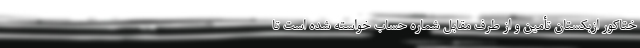
ختاکور ازبکستان تأمین و از طرف مقابل شماره حساب خواسته شده است تا